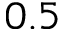
0 . 5